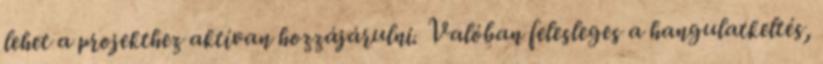
lehet a projekthez aktívan hozzájárulni. Valóban felesleges a hangulatkeltés,